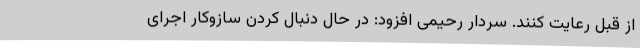
از قبل رعایت کنند. سردار رحیمی افزود: در حال دنبال کردن سازوکار اجرای